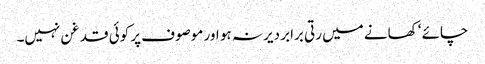
چائے ‘ کھانے میں رتی برابر دیر نہ ہو اور موصوف پر کوئی قدغن نہیں۔